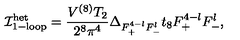
{ { \cal I } } _ { \mathrm { 1 - l o o p } } ^ { \mathrm { h e t } } = \frac { V ^ { ( 8 ) } T _ { 2 } } { 2 ^ { 8 } \pi ^ { 4 } } \Delta _ { F _ { + } ^ { 4 - l } F _ { - } ^ { l } } t _ { 8 } F _ { + } ^ { 4 - l } F _ { - } ^ { l } ,